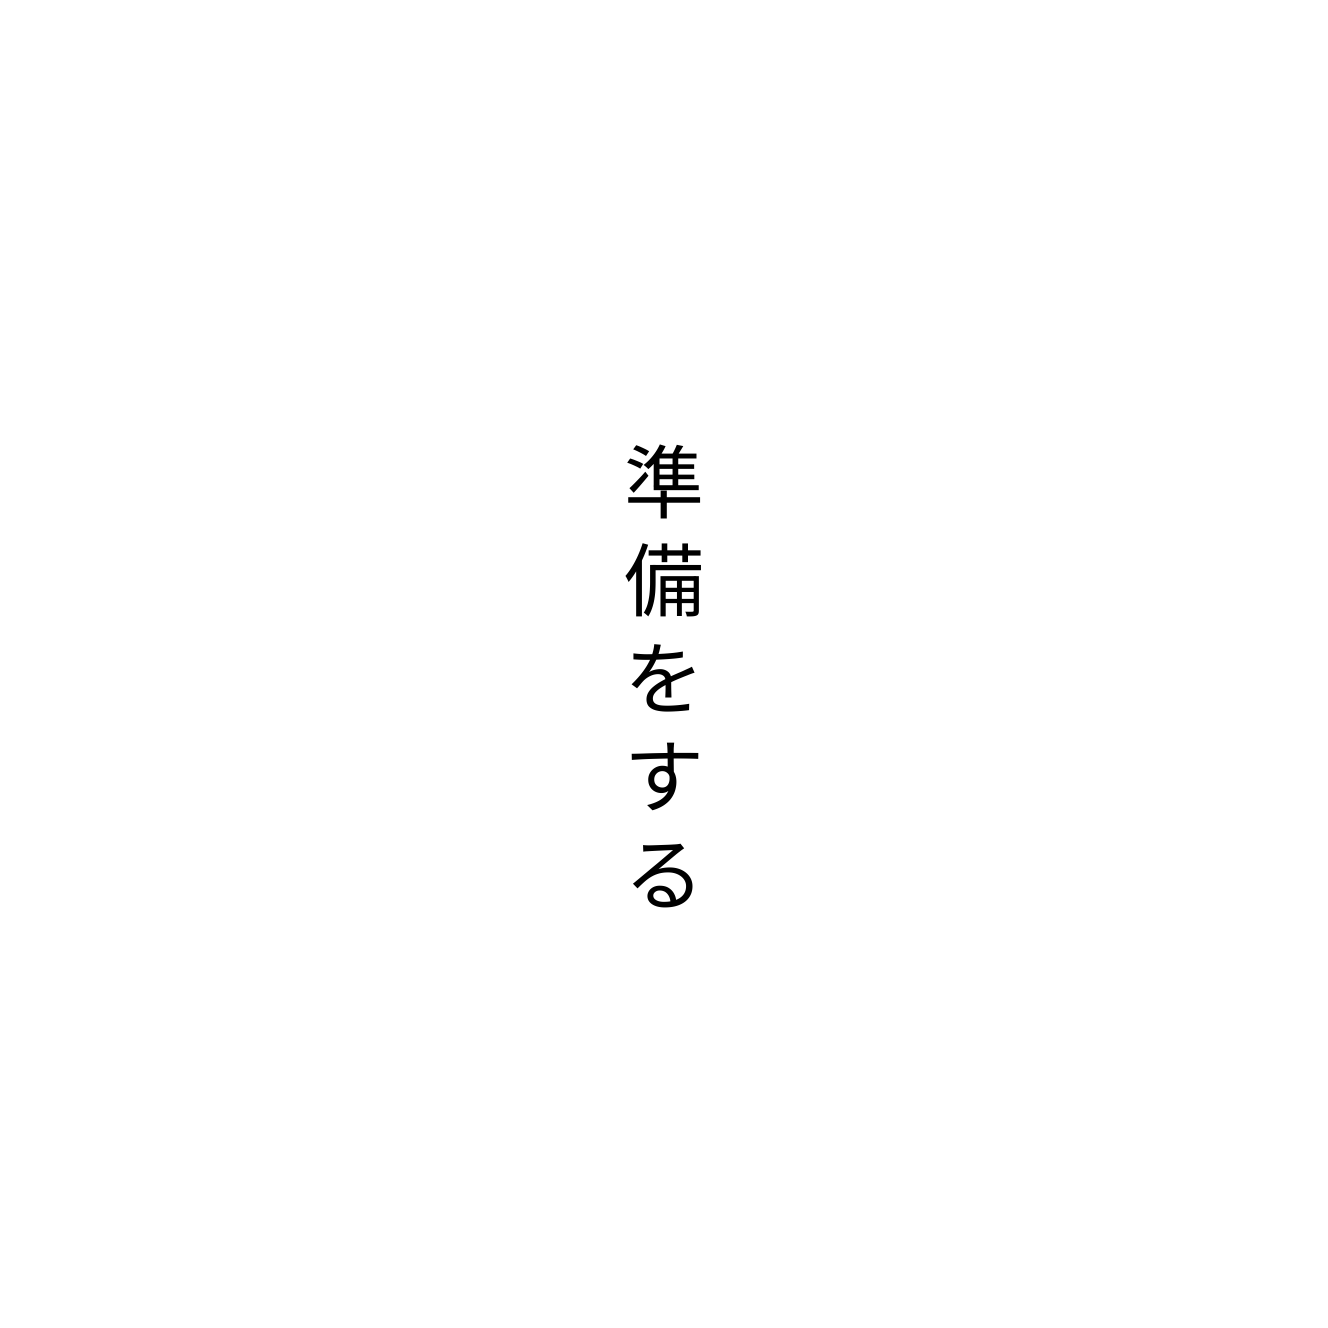
準備をする